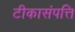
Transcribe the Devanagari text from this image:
टीकासंपत्ति